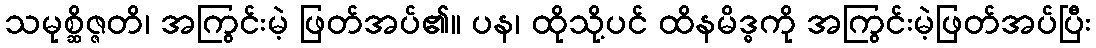
သမုစ္ဆိဇ္ဇတိ၊ အကြွင်းမဲ့ ဖြတ်အပ်၏။ ပန၊ ထိုသို့ပင် ထိနမိဒ္ဓကို အကြွင်းမဲ့ဖြတ်အပ်ပြီး